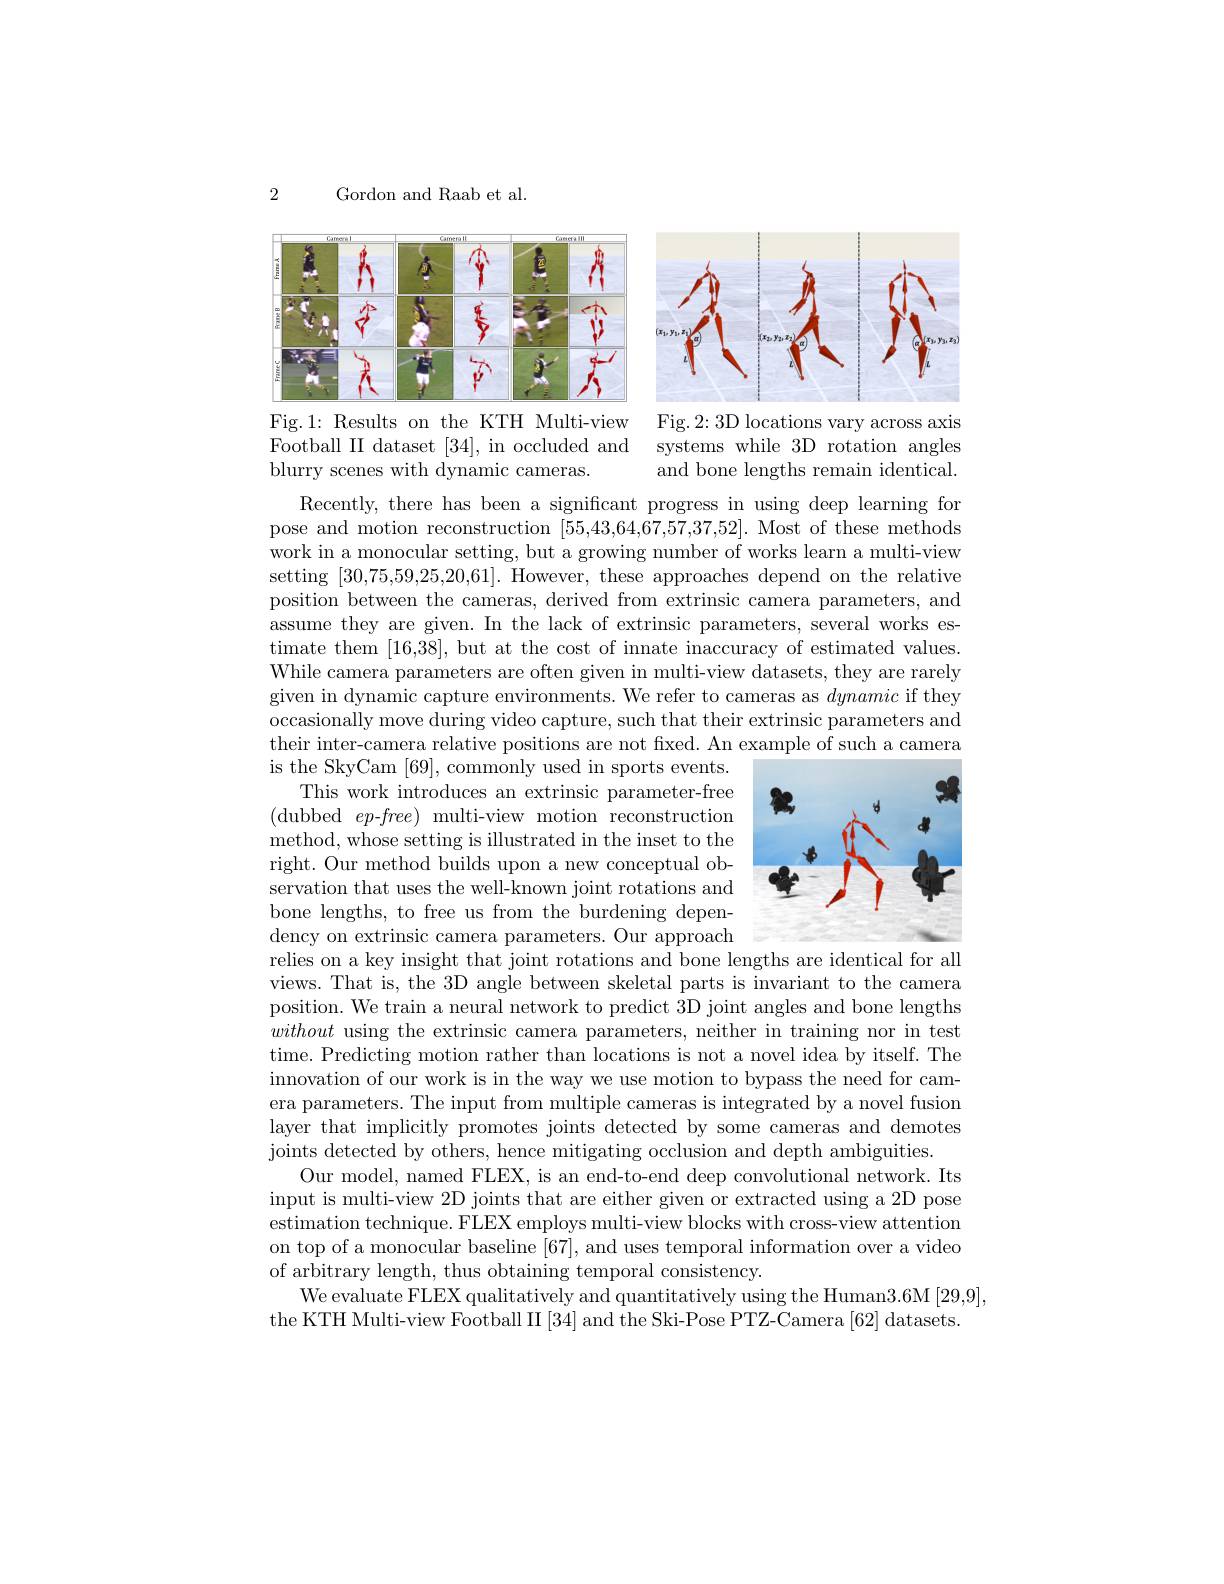
Gordon and Raab et al.

2

<FigureHere>

<FigureHere>

Fig.1: Results on the KTH Multi-view Fig.2:3D locations vary across axis Football II dataset [34], in occluded and systems while 3D rotation angles blurry scenes with dynamic cameras.

and bone lengths remain identical.

Recently, there has been a significant progress in using deep learning for pose and motion reconstruction [55,43,64,67,57,37,52]. Most of these methods work in a monocular setting, but a growing number of works learn a multi-view setting [30,75,59,25,20,61]. However, these approaches depend on the relative position between the cameras, derived from extrinsic camera parameters, and assume they are given. In the lack of extrinsic parameters, several works estimate them [16,38], but at the cost of innate inaccuracy of estimated values. While camera parameters are often given in multi-view datasets, they are rarely given in dynamic capture environments. We refer to cameras as dynamic if they occasionally move during video capture, such that their extrinsic parameters and their inter-camera relative positions are not fixed. An example of such a camera is the SkyCam [69],commonly used in sports events.

This work introduces an extrinsic parameter-free

(dubbed$ep$-$free)$multi-view motion reconstruction

method, whose setting is illustrated in the inset to the

<FigureHere>

right. Our method builds upon a new conceptual ob-

servation that uses the well-known joint rotations and

bone lengths, to free us from the burdening depen-

dency on extrinsic camera parameters. Our approach
relies on a key insight that joint rotations and bone lengths are identical for all views. That is, the 3D angle between skeletal parts is invariant to the camera position. We train a neural network to predict 3D joint angles and bone lengths without using the extrinsic camera parameters, neither in training nor in test time. Predicting motion rather than locations is not a novel idea by itself. The innovation of our work is in the way we use motion to bypass the need for camera parameters. The input from multiple cameras is integrated by a novel fusion layer that implicitly promotes joints detected by some cameras and demotes joints detected by others, hence mitigating occlusion and depth ambiguities.
Our model, named FLEX, is an end-to-end deep convolutional network. Its input is multi-view 2D joints that are either given or extracted using a 2D pose estimation technique. FLEX employs multi-view blocks with cross-view attention on top of a monocular baseline [67], and uses temporal information over a video ${\mathrm{of~arbitrary~length,~thus~obtaining~temporal~consistency.}}$
We evaluate FLEX qualitatively and quantitatively using the Human3.6M [29,9],
the KTH Multi-view Football II [34] and the Ski-Pose PTZ-Camera [62] datasets.